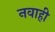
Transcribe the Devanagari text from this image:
नवाही